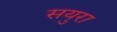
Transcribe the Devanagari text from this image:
सयुरा